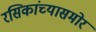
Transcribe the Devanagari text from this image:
रसिकांच्यासमोर